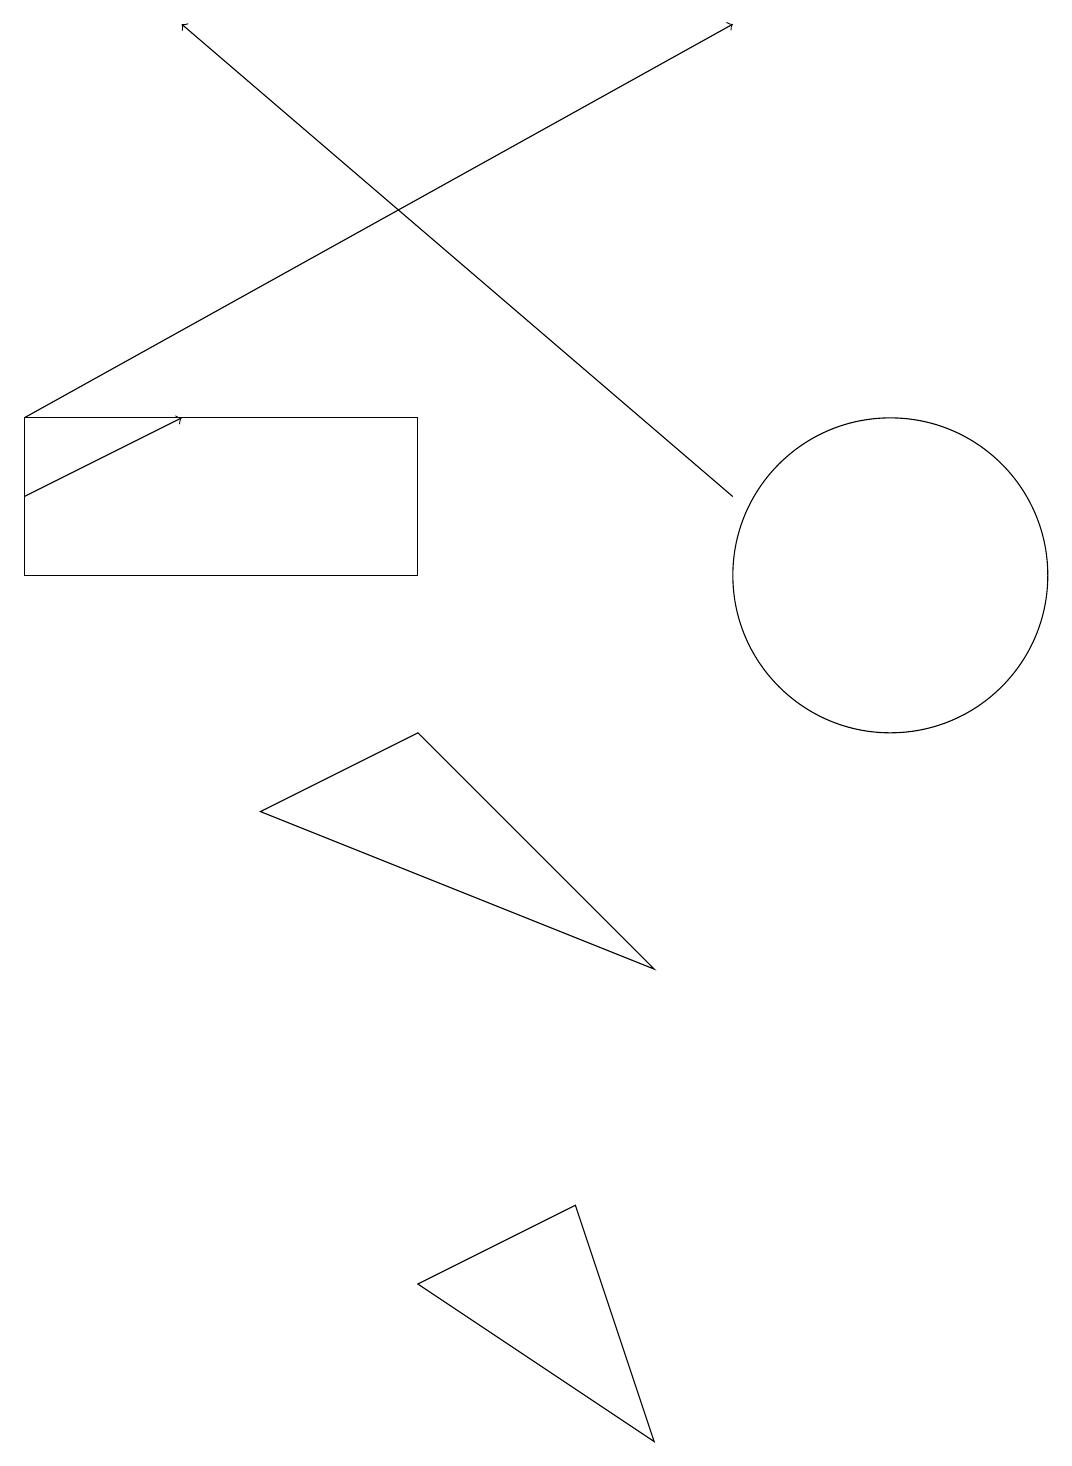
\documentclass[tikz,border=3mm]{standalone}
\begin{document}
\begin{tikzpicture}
\draw[->] (0,13) -- (9,18);
\draw (0,11) rectangle (5,13);
\draw (11,11) circle (2);
\draw[->] (0,12) -- (2,13);
\draw[->] (9,12) -- (2,18);
\draw (8,0) -- (7,3) -- (5,2) -- cycle;
\draw (5,9) -- (8,6) -- (3,8) -- cycle;
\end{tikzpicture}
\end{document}